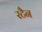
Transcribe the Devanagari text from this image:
रटैन